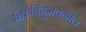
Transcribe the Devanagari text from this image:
शिरोबिंदूजवळील